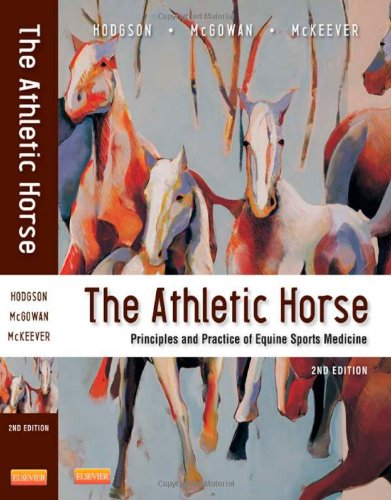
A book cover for The Athletic Horse: Principles and Practice of Equine Sports Medicine, 2e; David R. Hodgson BVSc  PhD  FACSM; Medical Books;